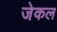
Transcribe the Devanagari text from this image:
जेकल